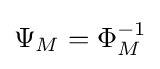
\Psi _{M}=\Phi _{M}^{-1}